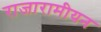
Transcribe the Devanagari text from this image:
राजारामीयन